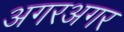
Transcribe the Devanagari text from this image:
अगरअगर